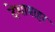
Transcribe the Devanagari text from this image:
देशाबाहर